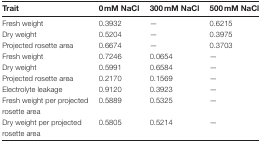
<table><thead><tr><td><b>Trait</b></td><td><b>0mM NaCl</b></td><td><b>300mM NaCl</b></td><td><b>500mM NaCl</b></td></tr></thead><tbody><tr><td>Fresh weight</td><td>0.3932</td><td>—</td><td>0.6215</td></tr><tr><td>Dry weight</td><td>0.5204</td><td>—</td><td>0.3975</td></tr><tr><td>Projected rosette area</td><td>0.6674</td><td>—</td><td>0.3703</td></tr><tr><td>Fresh weight</td><td>0.7246</td><td>0.0654</td><td>—</td></tr><tr><td>Dry weight</td><td>0.5991</td><td>0.6584</td><td>—</td></tr><tr><td>Projected rosette area</td><td>0.2170</td><td>0.1569</td><td>—</td></tr><tr><td>Electrolyte leakage</td><td>0.9120</td><td>0.3923</td><td>—</td></tr><tr><td>Fresh weight per projected rosette area</td><td>0.5889</td><td>0.5325</td><td>—</td></tr><tr><td>Dry weight per projected rosette area</td><td>0.5805</td><td>0.5214</td><td>—</td></tr></tbody></table>